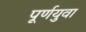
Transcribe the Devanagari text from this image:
पूर्णयुवा